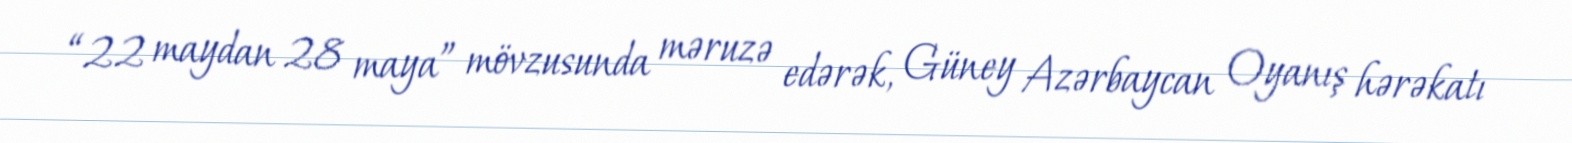
“22 maydan 28 maya” mövzusunda məruzə edərək, Güney Azərbaycan Oyanış hərəkatı